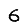
Digit: 6